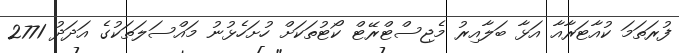
ފުރަތަމަ ކުއާޓަރާއާ އަޅާ ބަލާއިރު މެޖިސްޓްރޭޓް ކޯޓުތަކަށް ހުށަހެޅުނު މައްސަލަތަކުގެ އަދަދު 2771